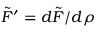
{ \tilde { \cal F } ^ { \prime } } = d { \tilde { \cal F } } / d \rho